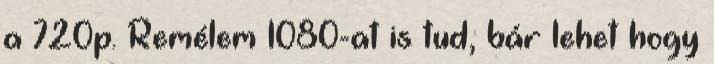
a 720p. Remélem 1080-at is tud, bár lehet hogy